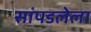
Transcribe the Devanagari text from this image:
सांपडलेला